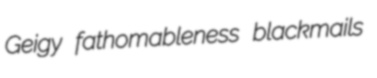
Geigy fathomableness blackmails